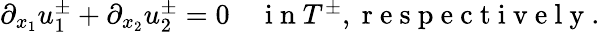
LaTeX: \begin{array}{r}{\partial_{x_{1}}u_{1}^{\pm}+\partial_{x_{2}}u_{2}^{\pm}=0\quad\mathrm{~i~n~}T^{\pm},\mathrm{~r~e~s~p~e~c~t~i~v~e~l~y~.~}}\end{array}